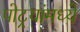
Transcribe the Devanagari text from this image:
पोटर्‍यांमध्ये